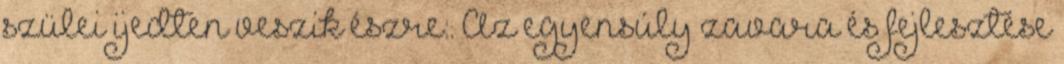
szülei ijedten veszik észre:. Az egyensúly zavara és fejlesztése